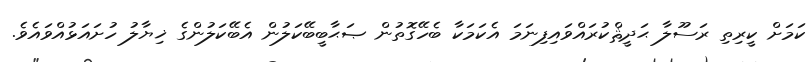
ކަމަށް ކީރިތި ރަސޫލާ ޙަދީޘްކުރައްވައިފިނަމަ އެކަމަކާ ބެހޭގޮތުން ޞަޙާބީބޭކަލުން އެބޭކަލުންގެ ޚިޔާލު ހުށައަޅުއްވައެވެ.